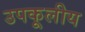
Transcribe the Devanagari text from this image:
उपकूलीय